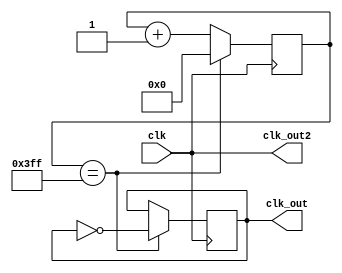
`timescale 1ns / 1ps
//////////////////////////////////////////////////////////////////////////////////
// Company: 
// Engineer: 
// 
// Design Name: 
// Module Name:    clockdivider 
// Project Name: 
// Target Devices: 
// Tool versions: 
// Description: 
//
// Dependencies: 
//
// Revision: 
// Revision 0.01 - File Created
// Additional Comments: 
//
//////////////////////////////////////////////////////////////////////////////////
module clockdivider(clk,clk_out,clk_out2
    );

input clk;
output clk_out,clk_out2;
reg reg_clk,reg_clk2;
reg [9:0] counter;


initial
begin
counter = 10'b0;
//counter2= 4'b0;
reg_clk = 0;
end

always @(posedge clk)
begin

if(counter ==10'd1023)
begin
counter <= 10'd0;
reg_clk <= ~(reg_clk);
end
else
counter<=counter+1;
end





assign clk_out = reg_clk;
assign clk_out2 = clk;

endmodule